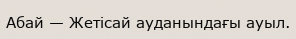
Абай — Жетісай ауданындағы ауыл.